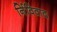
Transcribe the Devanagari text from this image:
र्निविवाद